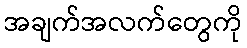
အချက်အလက်တွေကို